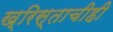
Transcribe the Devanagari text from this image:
ख्रिस्ताचीही